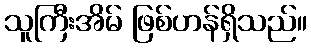
သူကြီးအိမ် ဖြစ်ဟန်ရှိသည်။